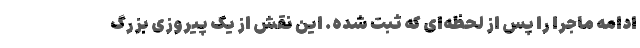
ادامه ماجرا را پس از لحظه‌ای که ثبت شده. این نقش از یک پیروزی بزرگ